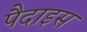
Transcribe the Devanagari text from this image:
पैदाइस